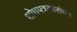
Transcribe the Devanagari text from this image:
शोधपत्रकारांच्या